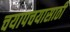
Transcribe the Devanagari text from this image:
चयापचयासाठी